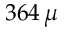
3 6 4 \, \mu